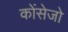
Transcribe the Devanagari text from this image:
कोंसेजो